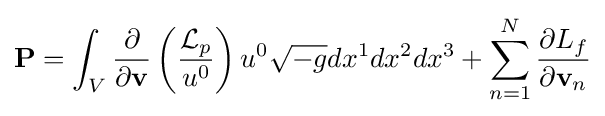
\mathbf {P} =\int _{V}{\frac {\partial }{\partial \mathbf {v} }}\left({\frac {{\mathcal {L}}_{p}}{u^{0}}}\right)u^{0}{\sqrt {-g}}dx^{1}dx^{2}dx^{3}+\sum _{n=1}^{N}{\frac {\partial L_{f}}{\partial \mathbf {v} _{n}}}